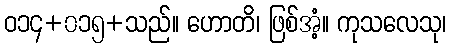
ဝ၁၄+၀၁၅+သည်။ ဟောတိ၊ ဖြစ်အံ့။ ကုသလေသု၊